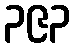
၃၉၃